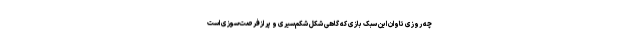
چه روزی تاوان این سبک بازی که گاهی شکل شکم‌سیری و پر ازفرصت‌سوزی است